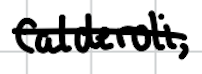
Text: Calderoli,
Cross-out: mix
Writing tool: digital_black